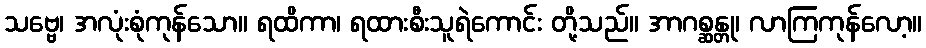
သဗ္ဗေ၊ အလုံးစုံကုန်သော။ ရထိကာ၊ ရထားစီးသူရဲကောင်း တို့သည်။ အာဂစ္ဆန္တု၊ လာကြကုန်လော့။